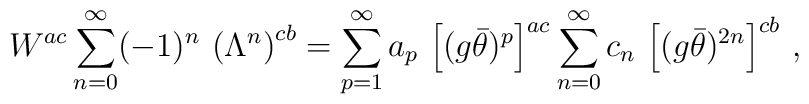
W^{ac}\sum_{n=0}^\infty(-1)^n\,\left(\Lambda^n\right)^{cb}=\sum_{p=1}^\infty a_p\,\left[(g\bar\theta)^p\right]^{ac}\sum_{n=0}^\infty c_n\,\left[(g\bar\theta)^{2n}\right]^{cb}\,,